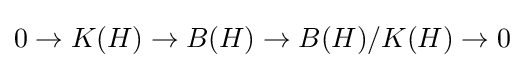
0\to K(H)\to B(H)\to B(H)/K(H)\to 0